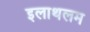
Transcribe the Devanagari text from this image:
इलाथलम